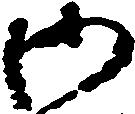
御